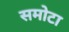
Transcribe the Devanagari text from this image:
समोटा